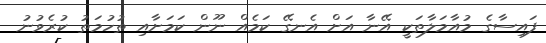
ފައިސާގެ މުއާމަލާތަކީ އޭނާ އަށް އެނގޭ ކަމެއް ނޫން ކަމަށާއި ތުހުމަތު ކުރެވުނު